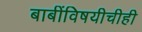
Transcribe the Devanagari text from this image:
बाबींविषयीचीही